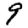
Digit: 9